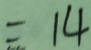
= 1 4